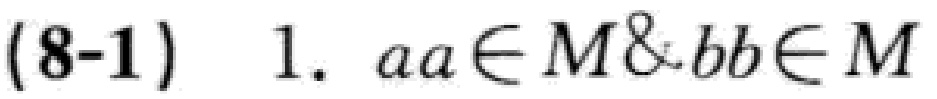
(8-1) 1. \(aa\in M\&bb\in M\)